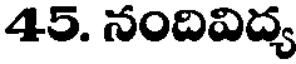
45. నందివిద్య